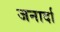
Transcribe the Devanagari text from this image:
जनार्दा